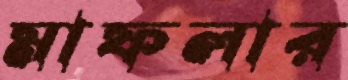
মাফলার